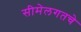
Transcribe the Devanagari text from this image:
सीमेलगतचे